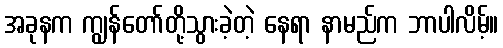
အခုနက ကျွန်တော်တို့သွားခဲ့တဲ့ နေရာ နာမည်က ဘာပါလိမ့်။